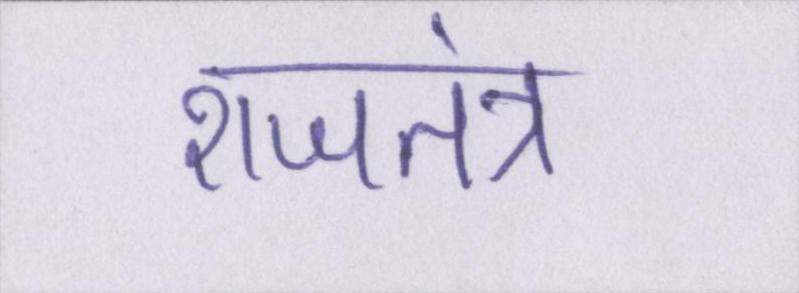
राजतंत्र